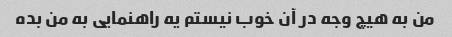
من به هیچ وجه در آن خوب نیستم یه راهنمایی به من بده